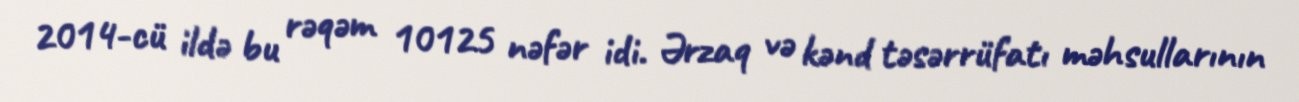
2014-cü ildə bu rəqəm 10125 nəfər idi. Ərzaq və kənd təsərrüfatı məhsullarının